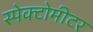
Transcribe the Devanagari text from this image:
स्पेक्टोमीटर